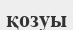
қозуы